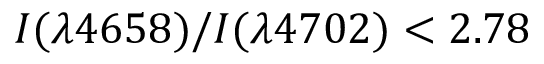
I ( \lambda 4 6 5 8 ) / I ( \lambda 4 7 0 2 ) < 2 . 7 8